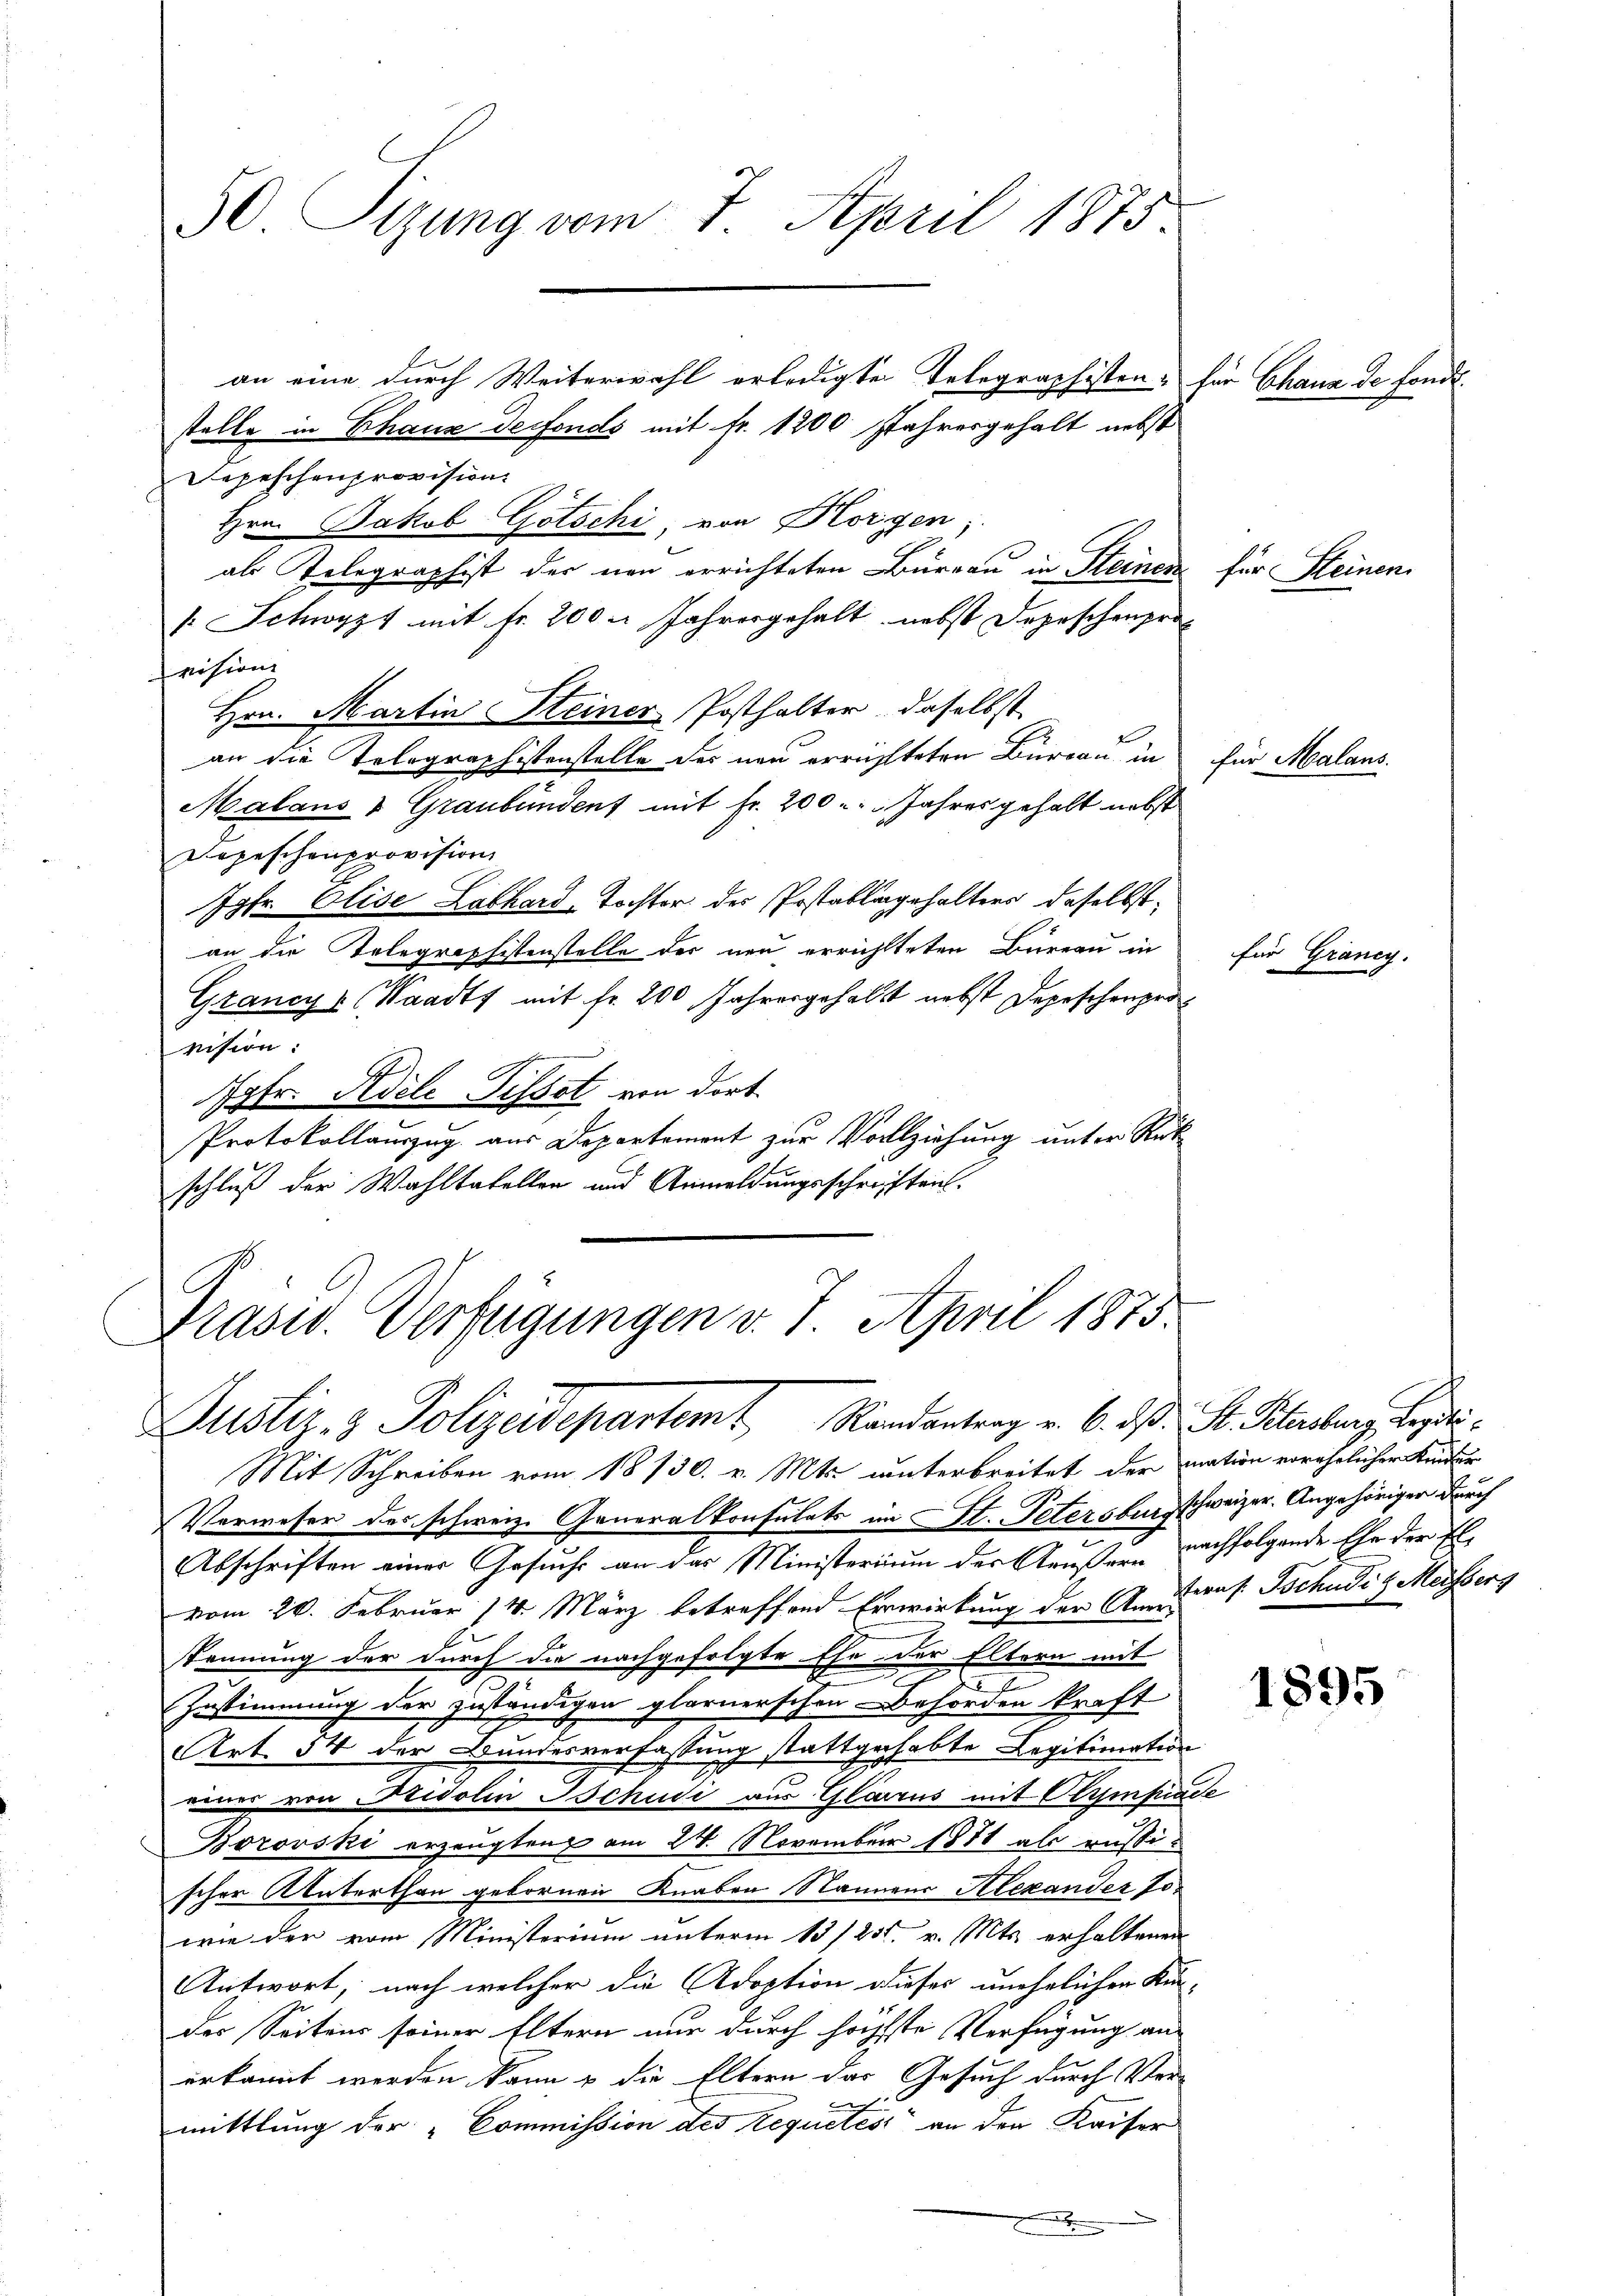
30. Sizung vom 7. April 1875

stelle in Chaus derfonds mit fr. 1200 Jahresgehalt nebst
Depeschenprovision
Hrn. Jakob Gotschi, von Horgen;
als Relegraphist der neu errichteten Büreau in Steinen für Kleinen
 Schwyzt mit Fr. 200. Jahresgehalt nebst Depeschenprot
vision
Hrn. Martin Steiner Posthalter, daselbst
an die Tolographistenstelle des neu erreichteten Bureau in
Malans & Graubünden mit Fr. 200 - Jahres gehalt nebst
Dopeschenprovision
Jgfr. Elise Labhard, Tochter der Postablingehalters, daselbst
an die Telegraphistenstelle der neu errichtteten Bureau in
Grancys (Waadt mit Fr. 200 Jahresgehalt nebst Depeschenprovision:
ptr. Pedele Tissot von dort
Protokollauszug aus Departement zur Vollziehung unter Rück
schluß der Wahltatellen und Anmeldungsschriften.

Präsid. Verfügungen v. 7. April 1875.
Justiz- & Polizeidepartemt Randantrag v. 6. d. St. Sterberg ge

Mit Schreiben vom 18130. v. Mts. unterbreitet der mation vorehelicher Kinder
Verweser des schweiz. Generalkonsulats im St. Petersburg schweizer. Angehöriger durch
Abschriften einer Gesuchs an das Ministerium des Aeußern nachfolgende Ehe der El.
vom 20. Februar 14. März betreffend Erwirkung der Antraf Tschudi & Meisberg
kennung der durch die nachgefolgte Ehe der Eltern mit
Zustimmung der zuständigen glarnerschen Behörden kraft
Art. 54 der Bundesverfassung stattgehabte Legitimation
 von Fridolin Tschudi aus Glarus mit Clympiade
Borowski erzeugten am 24. November 1871 als russischer Alaterthan gebornen Knaben Nannen Alexander sor
wie der vom Ministerium unterm 13/25. v. Mts. erhaltenen
Antwort, nach welcher die Adoption dieser unehelichen Kin-
der Seitens seiner Eltern nur durch höchste Verfügung an
erkannt werden kann u die Eltern das Gesuch durch Vermittlung der Commission des requetés an den Kaiser
.

an eine durch Weiterwahl erledigte Telegraphisten-

für Chana de fonds.

für Grancy

für Malans.

1895